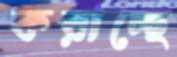
করাচ্ছে